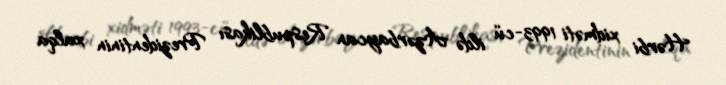
Hərbi xidməti 1993-cü ildə Azərbaycan Respublikası Prezidentinin xalqa